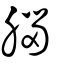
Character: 𠜶